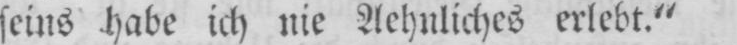
seins habe ich nie Aehnliches erlebt.“